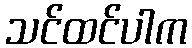
သင်ထင်ပါက